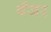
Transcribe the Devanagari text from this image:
बँजर